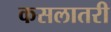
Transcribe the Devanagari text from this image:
कसलातरी